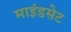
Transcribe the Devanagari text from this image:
माइंडसेट